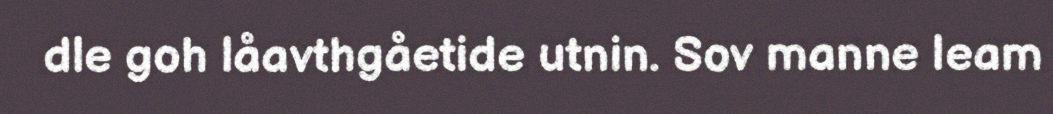
dle goh låavthgåetide utnin. Sov manne leam